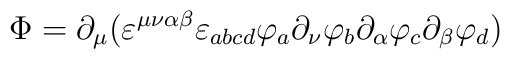
\Phi=\partial_{\mu}(\varepsilon^{\mu\nu\alpha\beta}\varepsilon_{abcd}\varphi_{a}\partial_{\nu}\varphi_{b}\partial_{\alpha}\varphi_{c}\partial_{\beta}\varphi_{d})